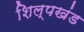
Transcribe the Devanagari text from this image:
शिल्पखंड